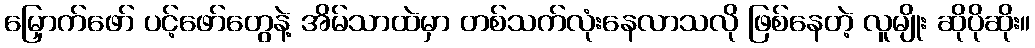
မြှောက်ဖော် ပင့်ဖော်တွေနဲ့ အိမ်သာထဲမှာ တစ်သက်လုံးနေလာသလို ဖြစ်နေတဲ့ လူမျိုး ဆိုပိုဆိုး။